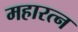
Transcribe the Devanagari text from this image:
महारत्‍न